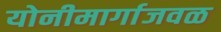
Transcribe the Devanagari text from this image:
योनीमार्गाजवळ